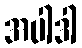
အပါဒါ